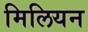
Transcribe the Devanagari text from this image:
मिलियन